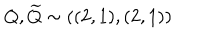
LaTeX: Q , { \widetilde { Q } } \sim ( ( 2 , 1 ) , ( 2 , 1 ) )